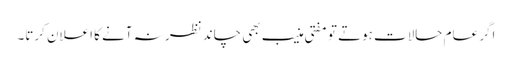
اگر عام حالات ہوتے تو مفتی منیب بھی چاند نظر نہ آنے کا اعلان کرتا۔